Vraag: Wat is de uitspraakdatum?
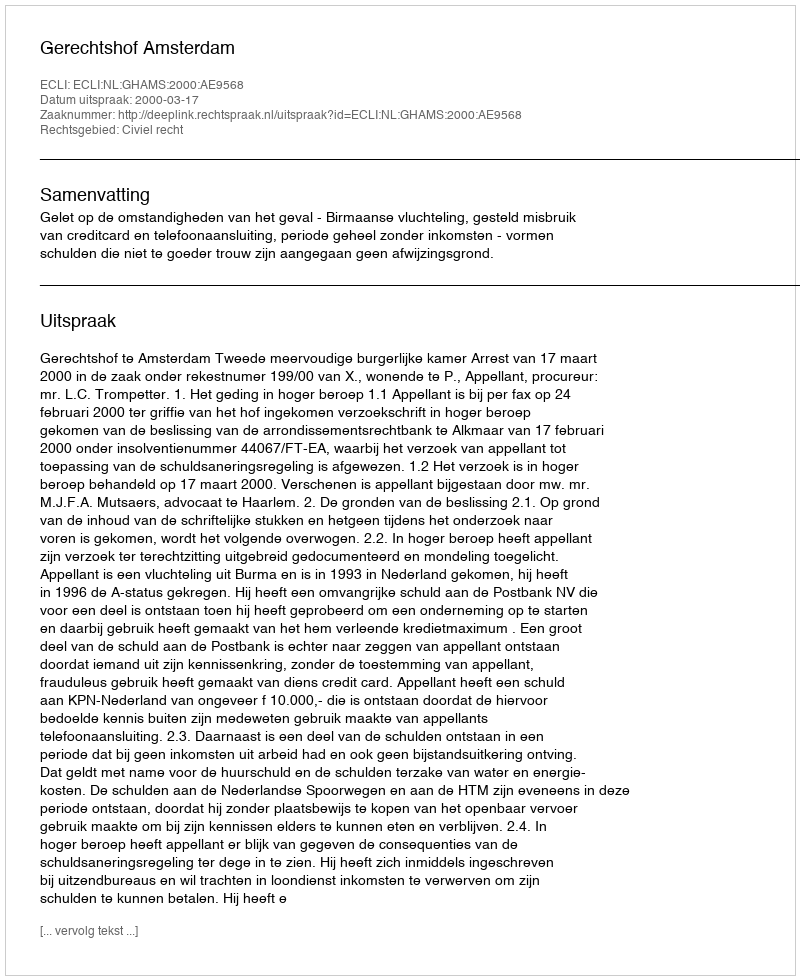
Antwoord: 2000-03-17